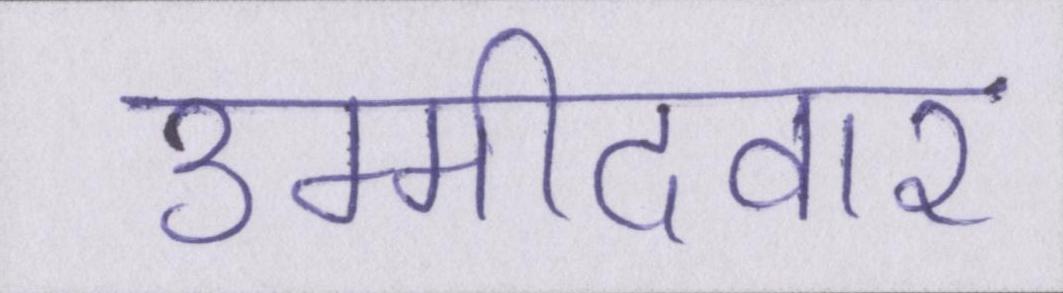
उम्मीदवार